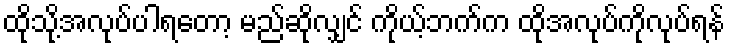
ထိုသို့အလုပ်ပါရတော့ မည်ဆိုလျှင် ကိုယ့်ဘက်က ထိုအလုပ်ကိုလုပ်ရန်